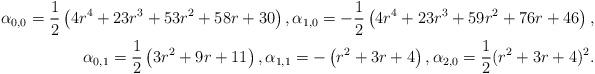
LaTeX: \begin{align*}\alpha_{0, 0} = \frac{1}{2}\left(4 r^4+23 r^3+53 r^2+58 r+30\right), \alpha_{1, 0} =-\frac{1}{2}\left(4 r^4+23 r^3+ 59 r^2+76 r+46\right), \\\alpha_{0, 1} = \frac{1}{2} \left( 3 r^2 + 9 r+11\right),\alpha_{1, 1} = -\left(r^2+3 r+4\right),\alpha_{2, 0} = \frac{1}{2}(r^2+3r+4)^2.\end{align*}